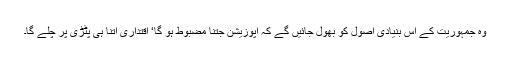
وہ جمہوریت کے اس بنیادی اصول کو بھول جائیں گے کہ اپوزیشن جتنا مضبوط ہو گا‘ اقتداری اتنا ہی پٹڑی پر چلے گا۔